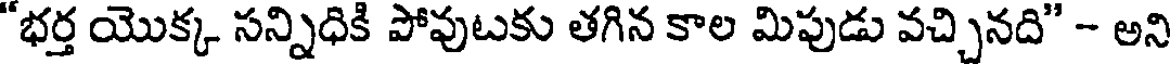
"భర్త యొక్క సన్నిధికి పోవుటకు తగిన కాల మిపుడు వచ్చినది" - అని